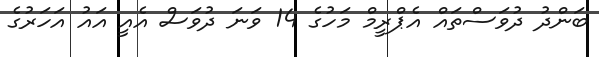
ބަންދު ދުވަސްތައް އެޕްރީމް މަހުގެ 14 ވަނަ ދުވަސް އެއީ އައު އަހަރުގެ